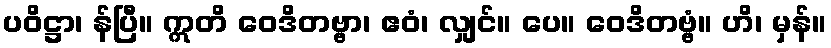
ပဝိဋ္ဌာ၊ န်ပြီ။ ဣတိ ဝေဒိတဗ္ဗာ၊ ဧဝံ၊ လျှင်။ ပေ။ ဝေဒိတဗ္ဗံ။ ဟိ၊ မှန်။